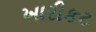
ખારીકટ